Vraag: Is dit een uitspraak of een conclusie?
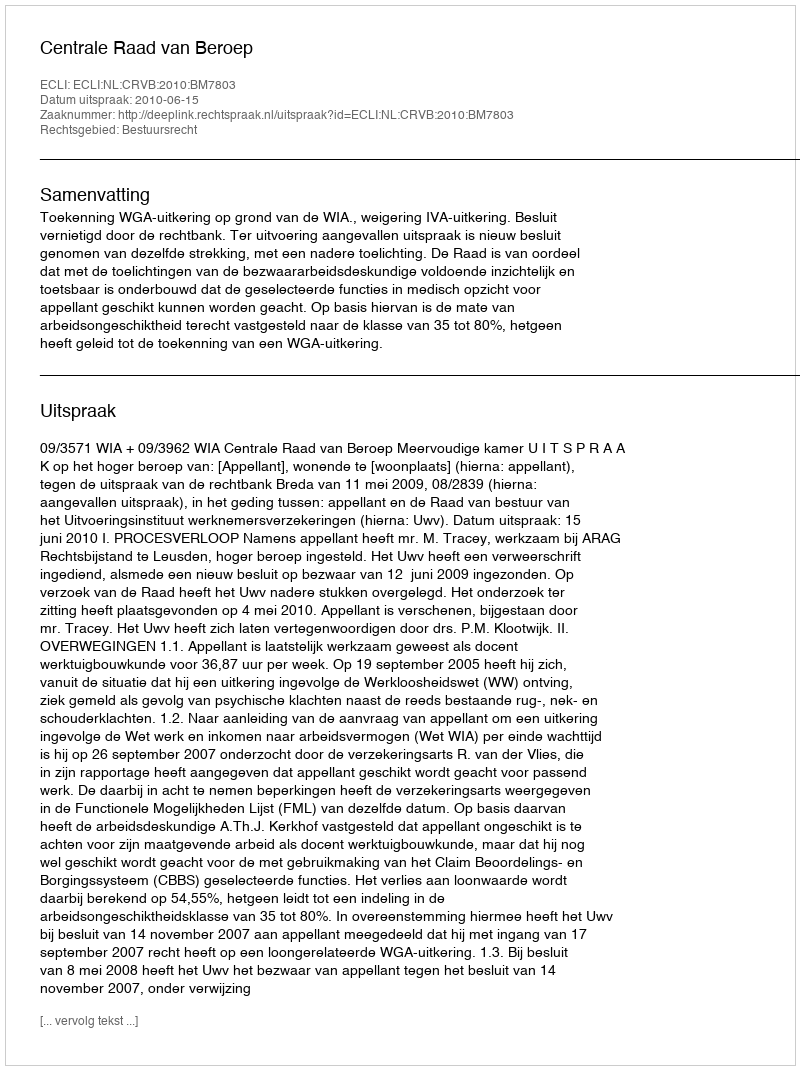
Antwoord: Uitspraak